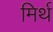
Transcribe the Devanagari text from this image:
मिर्थ